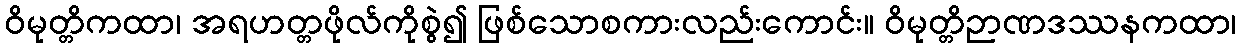
ဝိမုတ္တိကထာ၊ အရဟတ္တဖိုလ်ကိုစွဲ၍ ဖြစ်သောစကားလည်းကောင်း။ ဝိမုတ္တိဉာဏဒဿနကထာ၊